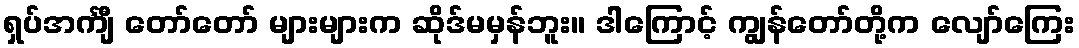
ရှပ်အင်္ကျီ တော်တော် များများက ဆိုဒ်မမှန်ဘူး။ ဒါကြောင့် ကျွန်တော်တို့က လျော်ကြေး